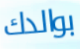
بوالدك